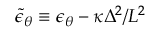
\widetilde \epsilon _ { \theta } \equiv \epsilon _ { \theta } - \kappa \Delta ^ { 2 } / L ^ { 2 }